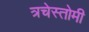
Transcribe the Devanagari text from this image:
त्रचेस्तोमी